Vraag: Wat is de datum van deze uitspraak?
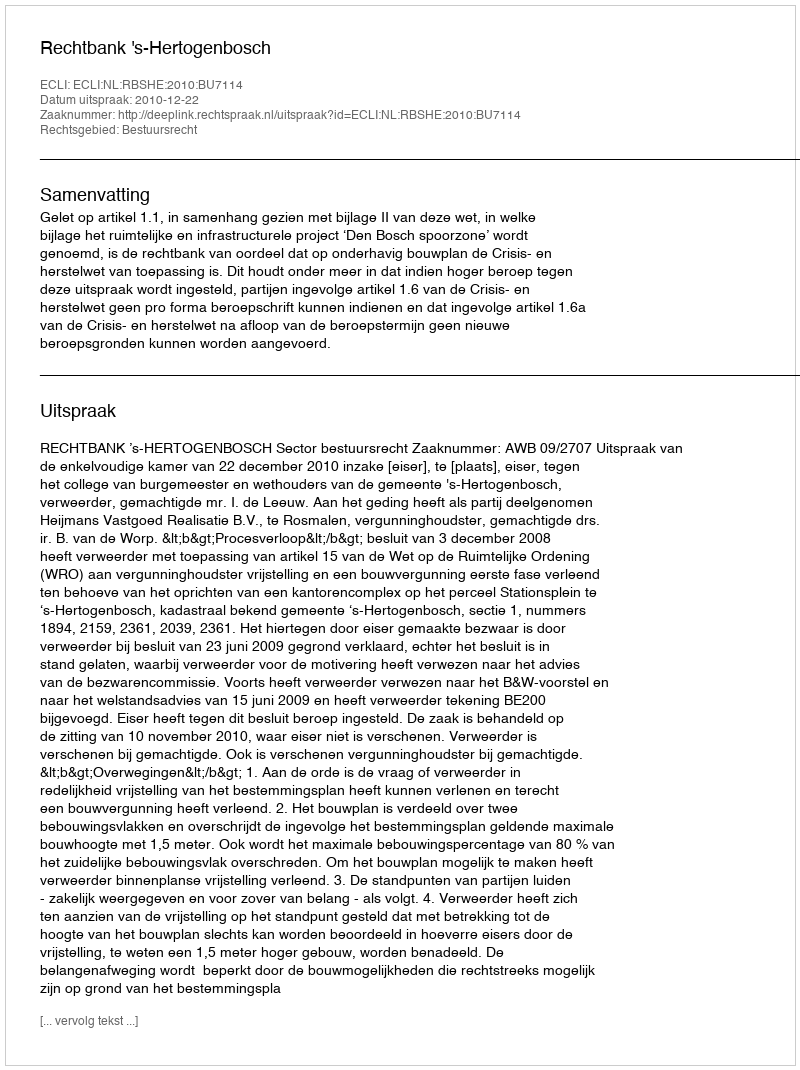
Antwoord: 2010-12-22